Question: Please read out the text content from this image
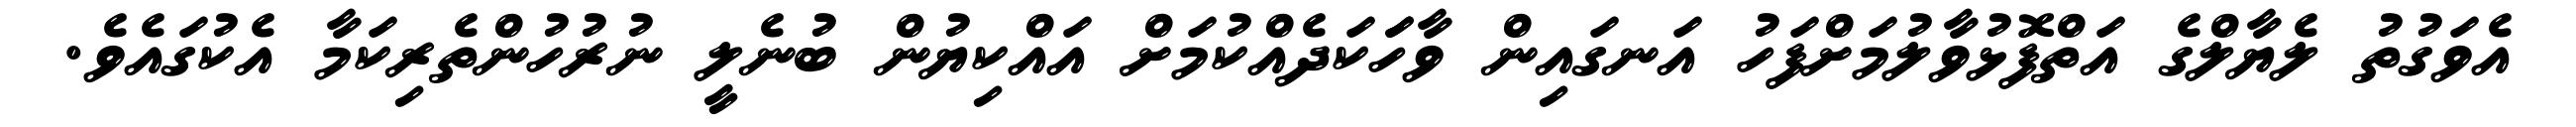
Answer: އެވަގުތު ލެޔާލްގެ އަތްފޮޅުވާލުމަށްފަހު އަނގައިން ވާހަަކަދެއްކުމަށް އައްކިޔުން ބުނެލީ ނުރުހުންތެރިކަމާ އެކުގައެވެ.